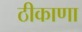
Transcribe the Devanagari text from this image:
ठीकाणा